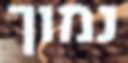
נמוך